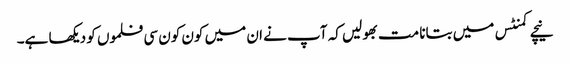
نیچے کمنٹس میں بتانا مت بھولیں کہ آپ نے ان میں کون کون سی فلموں کو دیکھا ہے۔